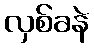
လှစ်ခနဲ